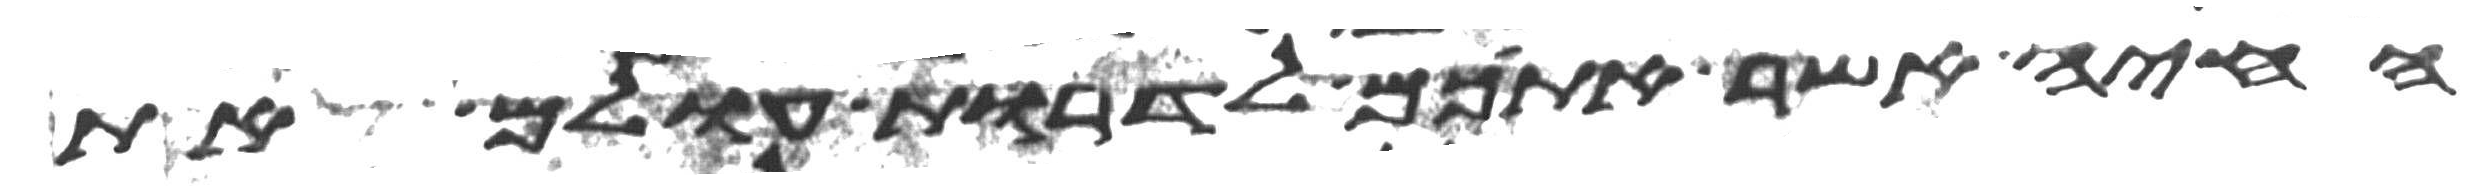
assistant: החיה אשר אתכם לדרות עולם את